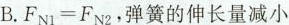
B.$$F _ { N 1 } = F _ { N 2 }$$，弹簧的伸长量减小